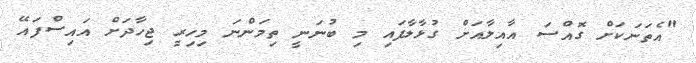
"އެތަނަކަށް ގޮއްސަ އާއިލާއަށް ގުޅާލާފައި މި ބުނަނީ ތިމަންނަ މިހިރީ ޖިހާދަށް އައިސްފައޭ